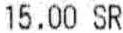
15.00 SR